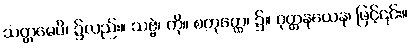
သတ္တမေပိ၊ ၌လည်း။ သဗ္ဗံ၊ ကို။ စတုတ္ထေ၊ ၌။ ဝုတ္တနယေန၊ ဖြင့်၎င်း။